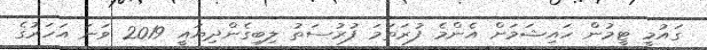
ގައުމީ ޓީމުން ހައިޝަމަށް އެންމެ ފުރަތަމަ ފުރުސަތު ލިބިގެންދިޔައީ 2019 ވަނަ އަހަރުގެ